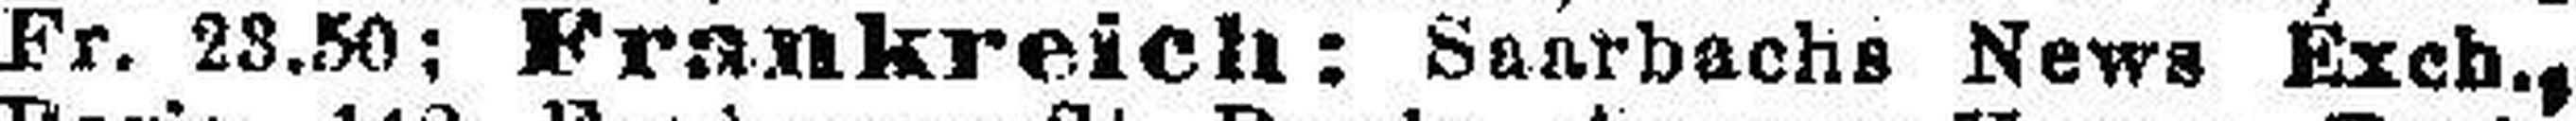
Fr. 23.50; Frankreich: Saarbachs News Exch.,